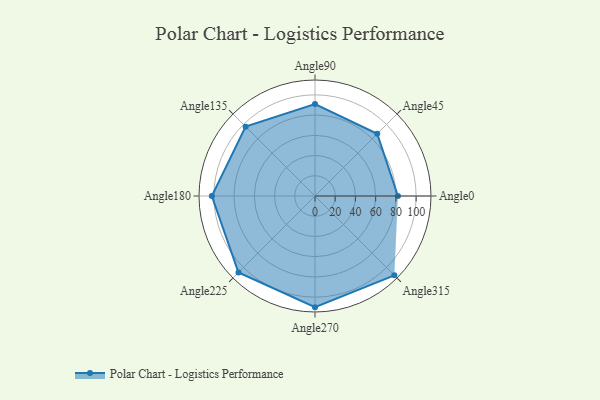
{"axis": {"x": "Angle", "y": "Radius"}, "legend": [""], "data": [{"x": "Angle0", "y": 82.0, "type": ""}, {"x": "Angle45", "y": 87.0, "type": ""}, {"x": "Angle90", "y": 91.0, "type": ""}, {"x": "Angle135", "y": 97.0, "type": ""}, {"x": "Angle180", "y": 102.0, "type": ""}, {"x": "Angle225", "y": 107.0, "type": ""}, {"x": "Angle270", "y": 110.0, "type": ""}, {"x": "Angle315", "y": 111.0, "type": ""}]}